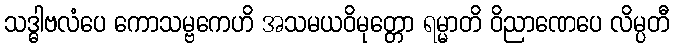
သဒ္ဓါဗလံပေ ကောသမ္ဗကေဟိ အသမယဝိမုတ္တော ရမ္မာတိ ဝိညာဏေပေ လိမ္ပတီ